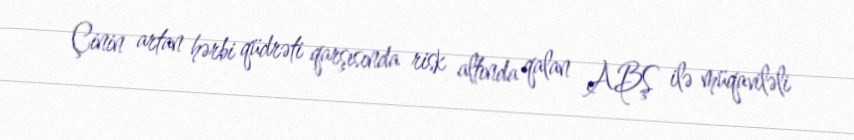
Çinin artan hərbi qüdrəti qarşısında risk altında qalan ABŞ ilə müqaviləli